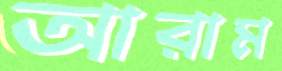
আরাম